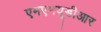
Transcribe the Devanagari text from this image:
एमएमयूडीआर